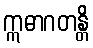
ဣဓာဂတန္တိ